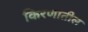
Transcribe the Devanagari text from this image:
किरणातील